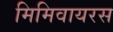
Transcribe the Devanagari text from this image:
मिमिवायरस